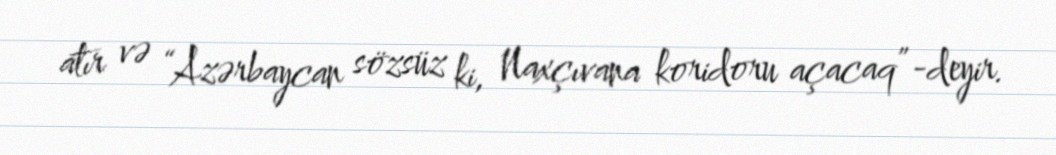
atır və “Azərbaycan sözsüz ki, Naxçıvana koridoru açacaq”-deyir.